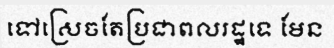
ទៅស្រេចតែប្រជាពលរដ្ឋទេ មែន